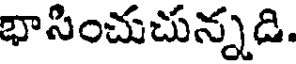
భాసించుచున్నడి.